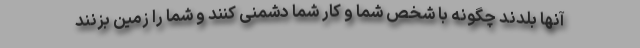
آنها بلدند چگونه با شخص شما و کار شما دشمنی کنند و شما را زمین بزنند